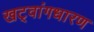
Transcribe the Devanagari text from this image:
खट्‌वांगधारण